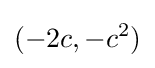
(-2c,-c^{2})